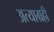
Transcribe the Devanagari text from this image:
अत्याग्रही